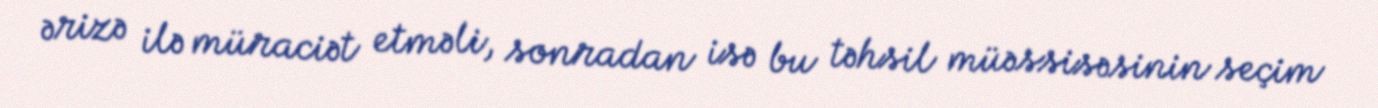
ərizə ilə müraciət etməli, sonradan isə bu təhsil müəssisəsinin seçim